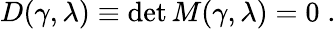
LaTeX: D(\gamma,\lambda)\equiv\operatorname*{det}M(\gamma,\lambda)=0\; .